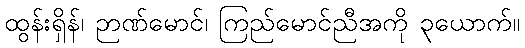
ထွန်းရှိန်၊ ဉာဏ်မောင်၊ ကြည်မောင်ညီအကို ၃ယောက်။